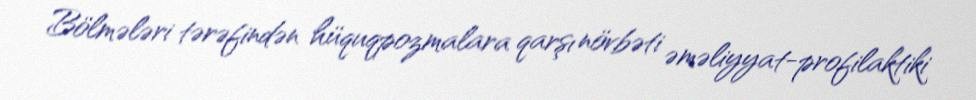
Bölmələri tərəfindən hüquqpozmalara qarşı növbəti əməliyyat-profilaktiki